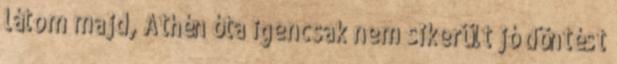
látom majd, Athén óta igencsak nem sikerült jó döntést